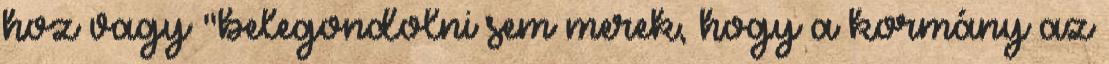
hoz vagy "belegondolni sem merek, hogy a kormány az